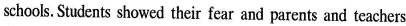
schools. Students showed their fear and parents and teachers